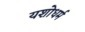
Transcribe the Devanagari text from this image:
यशोधर्म